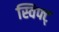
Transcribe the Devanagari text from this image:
स्विफ्ट्